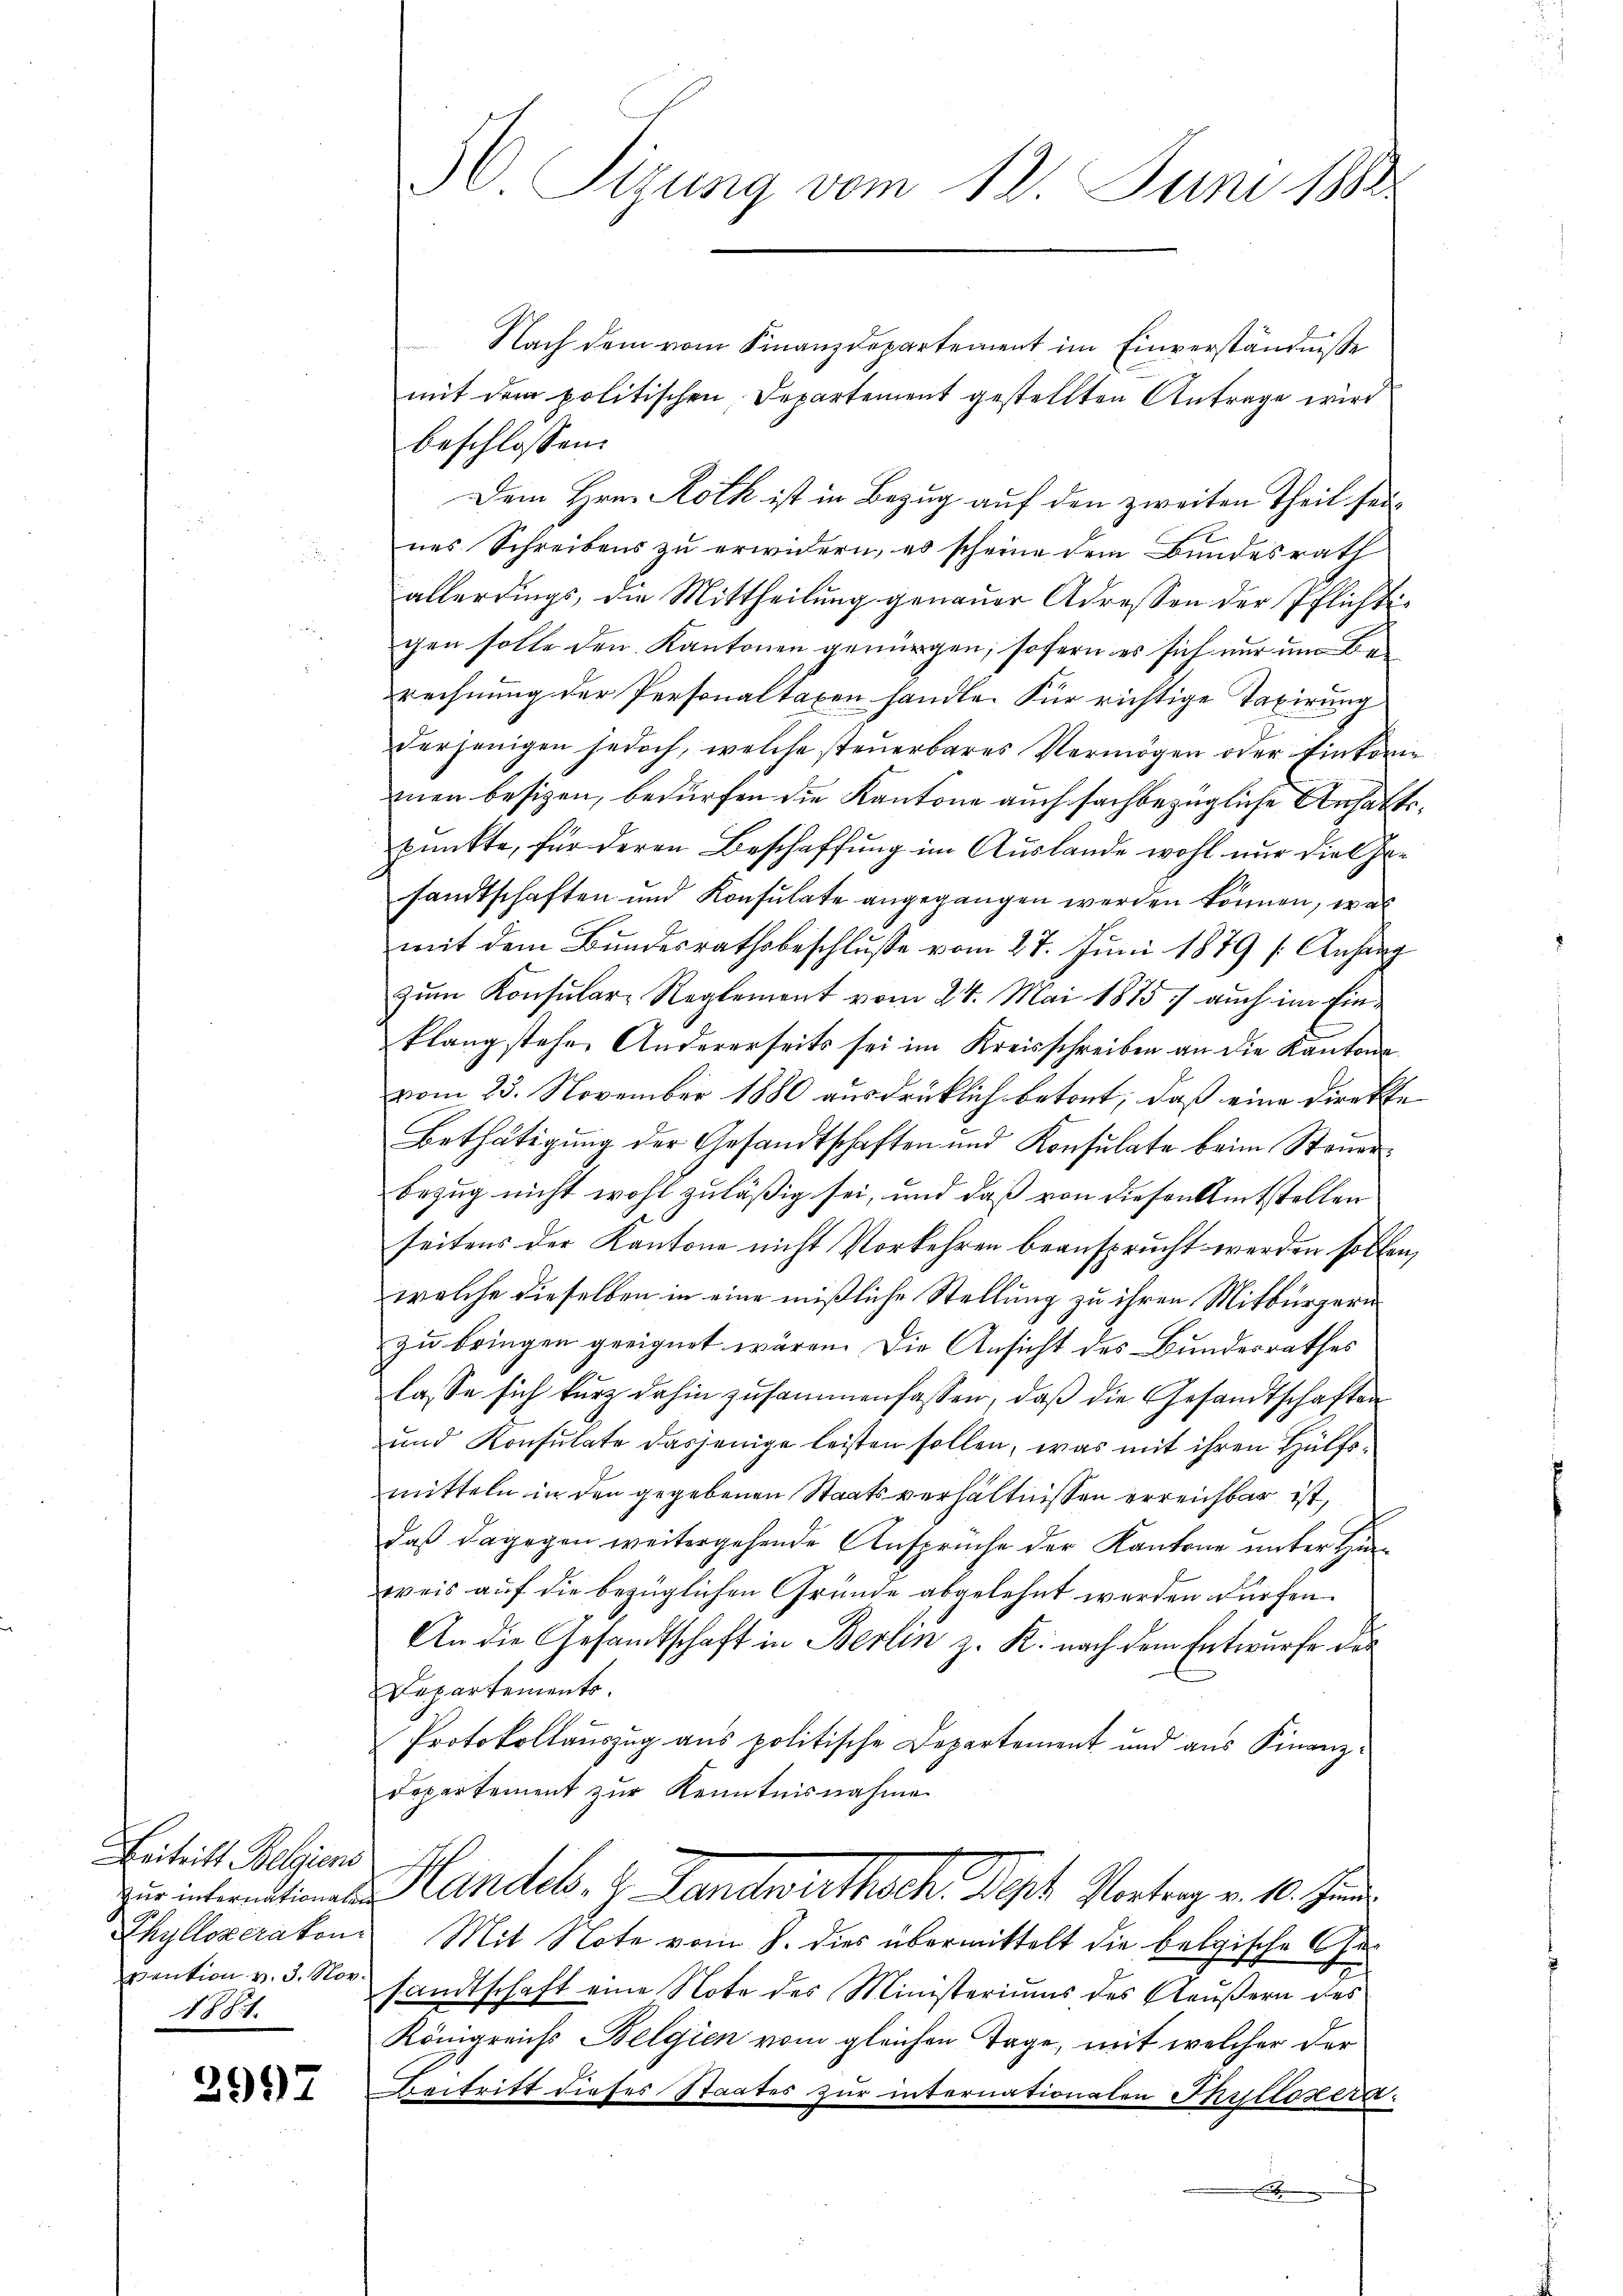
Beitritt Belgiens
Zur internationalen
Chyllozerakon
Vention v. 3. Nov.
1881.

2997

t

5 Sizung vom 12. Juni 1882

Nach dem vom Finanzdepartement im Einverständniße
mit dem politischen Departement gestellten Antrage wird
beschlossen:
Dem Hrn. Roth ist in Bezug auf den zweiten Theil seines Schreibens zu erwidern, es scheine dem Bundesrath
allerdings, die Mittheilung genauer Adressen der Pflichtigen solle den Kantonen genügen, sofern es sich nur um Berechnung der Personaltaxen handle. Für richtige Taxirung
derjenigen jedoch, welche steuerbares Vermögen oder Einkommen besizen, bedürfen die Kantone auch sachbezügliche Ansatt.
punkte, für deren Beschaffung im Auslande wohl nur die Gesamtschaften und Konsulate angegangen werden können, was
mit dem Bundesrathsbeschlusse vom 27. Juni 1879 s. Anhäng
zŭm Konsular- Reglement vom 24. Mai 1875. auch im Einklang stehen Andererseits sei im Kreisschreiben an die Kantons
vom 23. November 1880 ausdrüklich betont, daß eine Direkte
Bethätigung der Gesandtschaften und Konsulate beim Stande
Bezug nicht wohl zuläßig sei, und daß von diesen Amtstellen
seitens der Kantone nicht Vorkehren beansprucht werden sollen,
welche dieselben in eine mißliche Stellung zu ihren Mitbürgerin
zu bringen geeignet wären. Die Ansicht des Bundesrathes
lasse sich kurz dahin zusammenfassen, daß die Gesandtschaften
und Konsulate dasjenige leisten sollen, was mit ihren Hülfsmitteln in den gegebenen Staatsverhältnissen erreichbar ist,
daß dagegen weitergehende Ansprüche der Kantone unter Hinweis auf die bezüglichen Gründe abgelehnt werden dürfen.
An die Gesandtschaft in Berlin z. K. nach dem Entwurfe des
Departements.
Protokollauszug aus politische Departement und aus Finanz¬
Departement zur Kenntnisnahme
Handel. J. Landwirthsch Dipl. Vontag v. 10. Jun
Mit Note vom 8. dies übermittelt die belgische Gesandtschaft eine Note des Ministeriums des Aeußern des
Königreichs Belgien vom gleichen Tage, mit welcher der
Beitritt dieses Staates zur internationalen Thyllozera¬